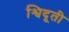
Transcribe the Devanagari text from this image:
श्विदूती